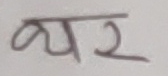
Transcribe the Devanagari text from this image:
थर